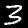
Digit: 3